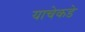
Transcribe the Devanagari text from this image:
याचेकडे